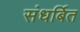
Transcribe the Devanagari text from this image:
संधर्बित